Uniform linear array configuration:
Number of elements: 8
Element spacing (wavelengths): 0.75
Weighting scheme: hann
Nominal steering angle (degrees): -45
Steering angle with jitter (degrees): -44.836
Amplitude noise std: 0.05
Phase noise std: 0.05

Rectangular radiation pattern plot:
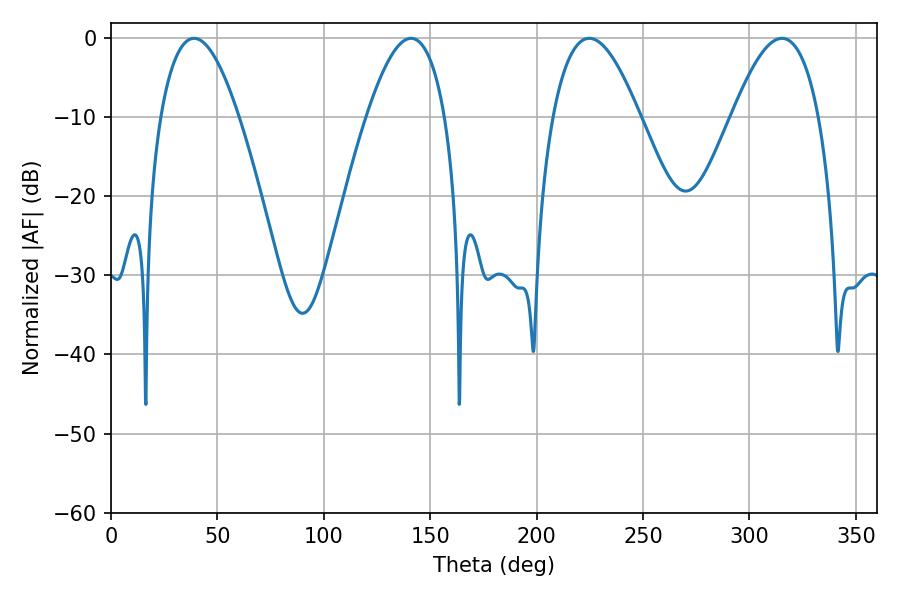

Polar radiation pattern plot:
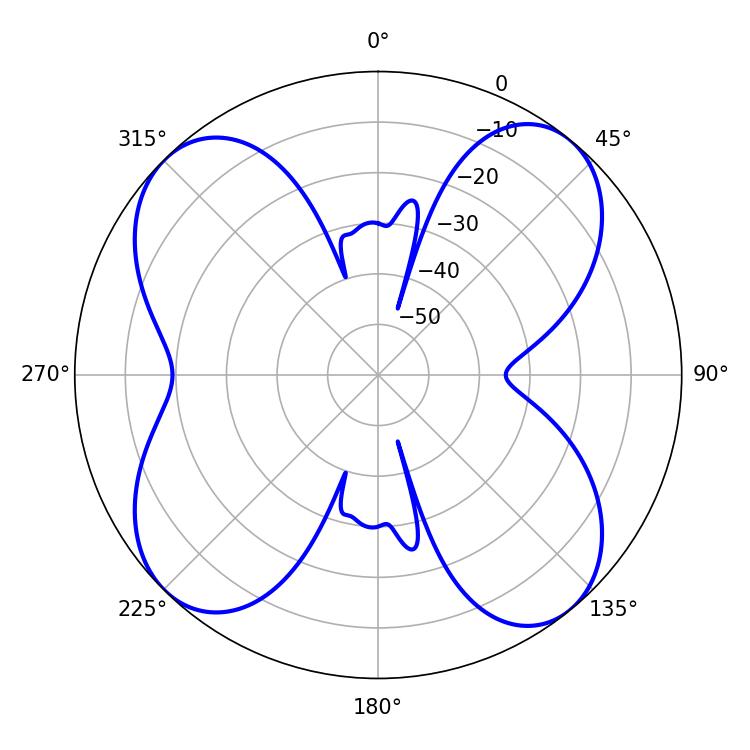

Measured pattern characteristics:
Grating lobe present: TRUE
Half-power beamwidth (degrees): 20.16
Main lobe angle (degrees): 39.06